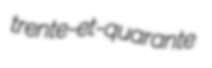
trente-et-quarante